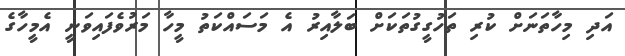
އަދި މިހާތަނަށް ކުރި ތަހުގީގުތަކަށް ބަލާއިރު އެ މަސައްކަތު މީހާ މަރުވެފައިވަނީ އެމީހާގެ